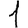
Digit: 1